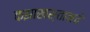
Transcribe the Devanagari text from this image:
कझाखस्तानचे